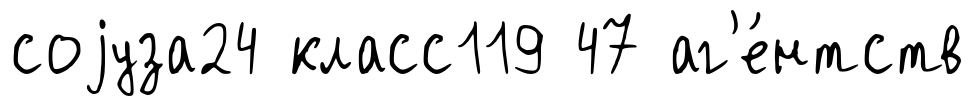
соjуза24 класс119 47 аг'е́нтств